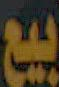
بيع